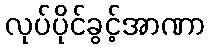
လုပ်ပိုင်ခွင့်အာဏာ